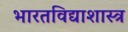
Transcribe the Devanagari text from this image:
भारतविद्याशास्त्र